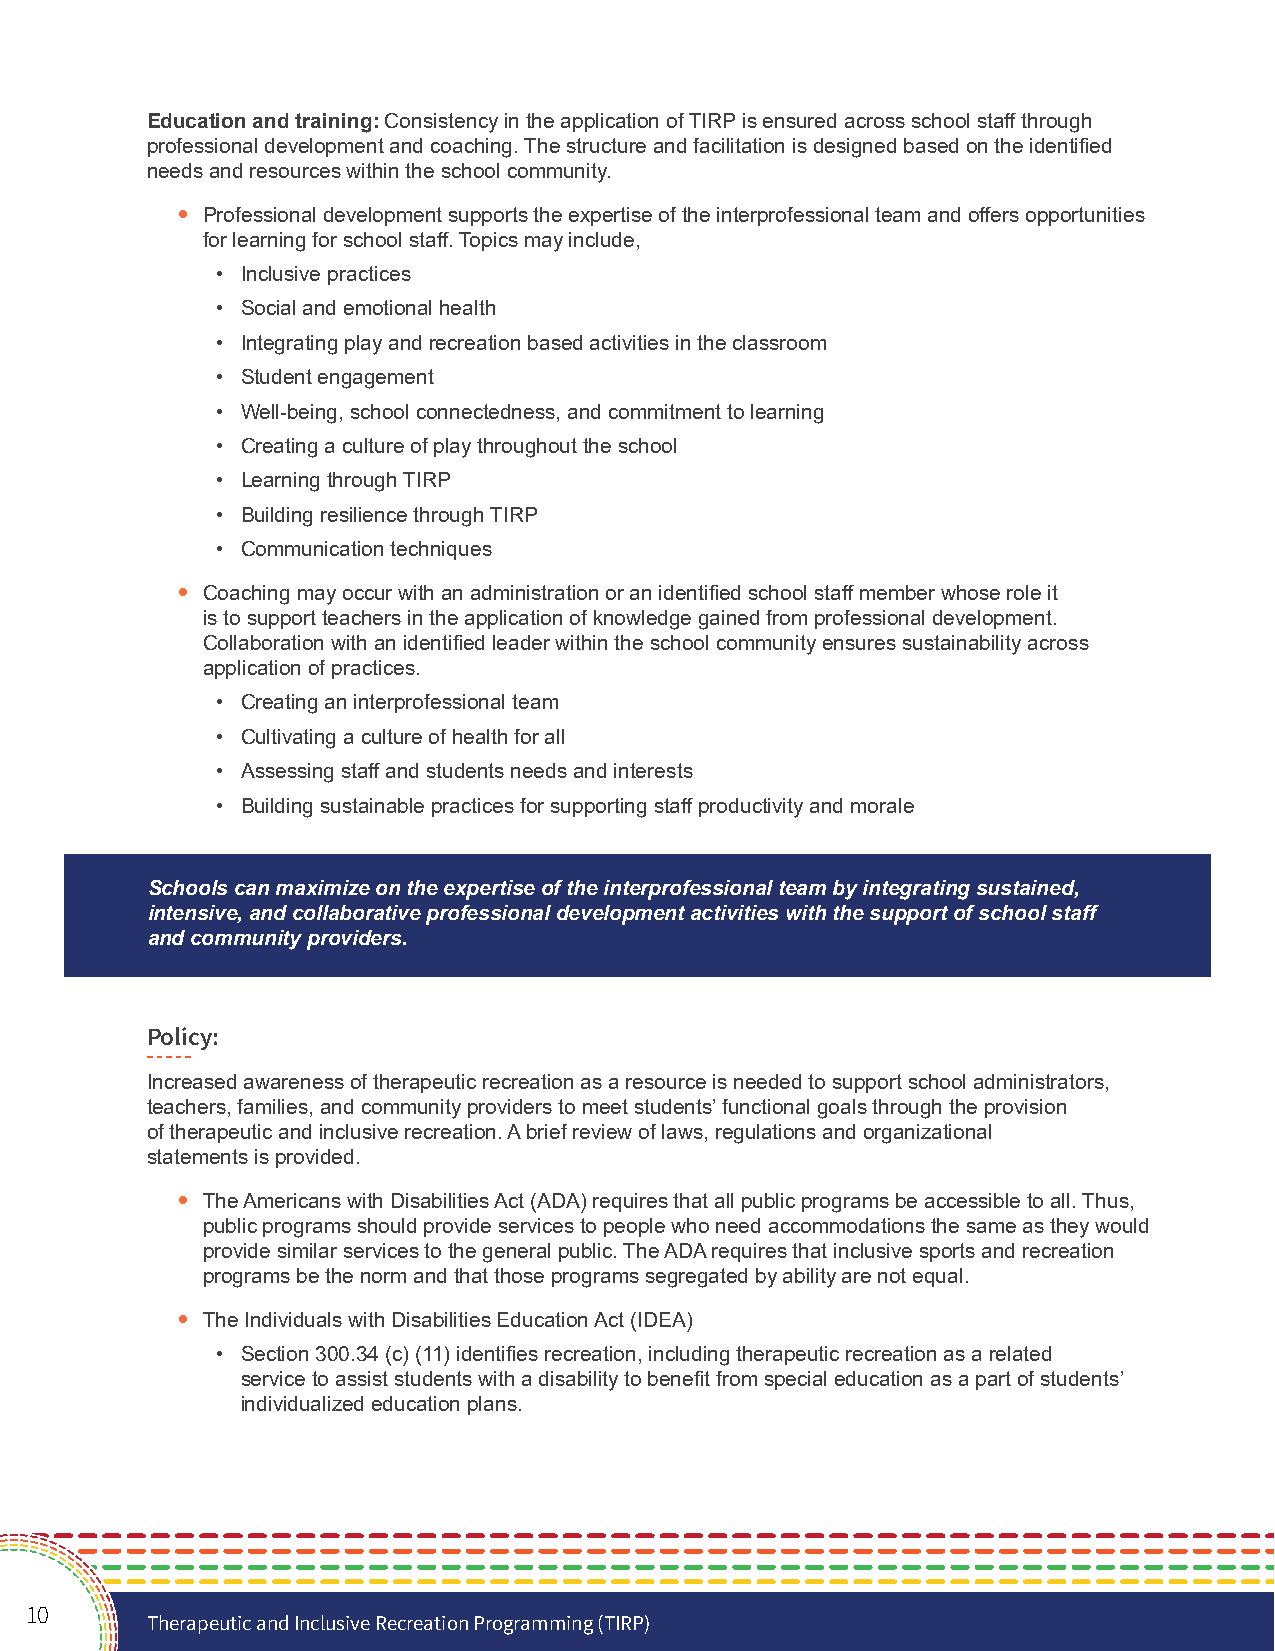
Education and training: Consistency in the application of TIRP is ensured across school staff through
 professional development and coaching. The structure and facilitation is designed based on the identified
 needs and resources within the school community.
 • Professional development supports the expertise of the interprofessional team and offers opportunities
 for learning for school staff. Topics may include,
 • Inclusive practices
 • Social and emotional health
 • Integrating play and recreation based activities in the classroom
 • Student engagement
 • Well-being, school connectedness, and commitment to learning
 • Creating a culture of play throughout the school
 • Learning through TIRP
 • Building resilience through TIRP
 • Communication techniques
 • Coaching may occur with an administration or an identified school staff member whose role it
 is to support teachers in the application of knowledge gained from professional development.
 Collaboration with an identified leader within the school community ensures sustainability across
 application of practices.
 • Creating an interprofessional team
 • Cultivating a culture of health for all
 • Assessing staff and students needs and interests
 • Building sustainable practices for supporting staff productivity and morale
 Schools can maximize on the expertise of the interprofessional team by integrating sustained,
 intensive, and collaborative professional development activities with the support of school staff
 and community providers.
 Policy:
 Increased awareness of therapeutic recreation as a resource is needed to support school administrators,
 teachers, families, and community providers to meet students’ functional goals through the provision
 of therapeutic and inclusive recreation. A brief review of laws, regulations and organizational
 statements is provided.
 • The Americans with Disabilities Act (ADA) requires that all public programs be accessible to all. Thus,
 public programs should provide services to people who need accommodations the same as they would
 provide similar services to the general public. The ADA requires that inclusive sports and recreation
 programs be the norm and that those programs segregated by ability are not equal.
 • The Individuals with Disabilities Education Act (IDEA)
 • Section 300.34 (c) (11) identifies recreation, including therapeutic recreation as a related
 service to assist students with a disability to benefit from special education as a part of students’
 individualized education plans.
 10
 Therapeutic and Inclusive Recreation Programming (TIRP)